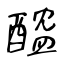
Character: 醓